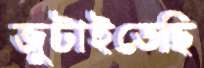
জুটাইতেছি